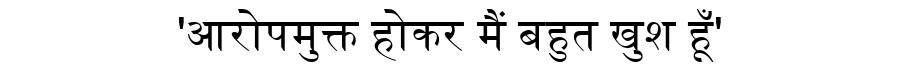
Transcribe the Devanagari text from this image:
'आरोपमुक्त होकर मैं बहुत खुश हूँ'